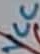
Text: VCC